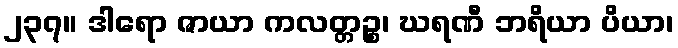
၂၃၇။ ဒါရော ဇာယာ ကလတ္တဉ္စ၊ ဃရဏီ ဘရိယာ ပိယာ၊